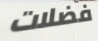
فضلات